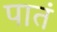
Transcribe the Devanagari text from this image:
पातं